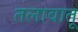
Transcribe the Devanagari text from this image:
तलावातू